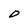
Character: D